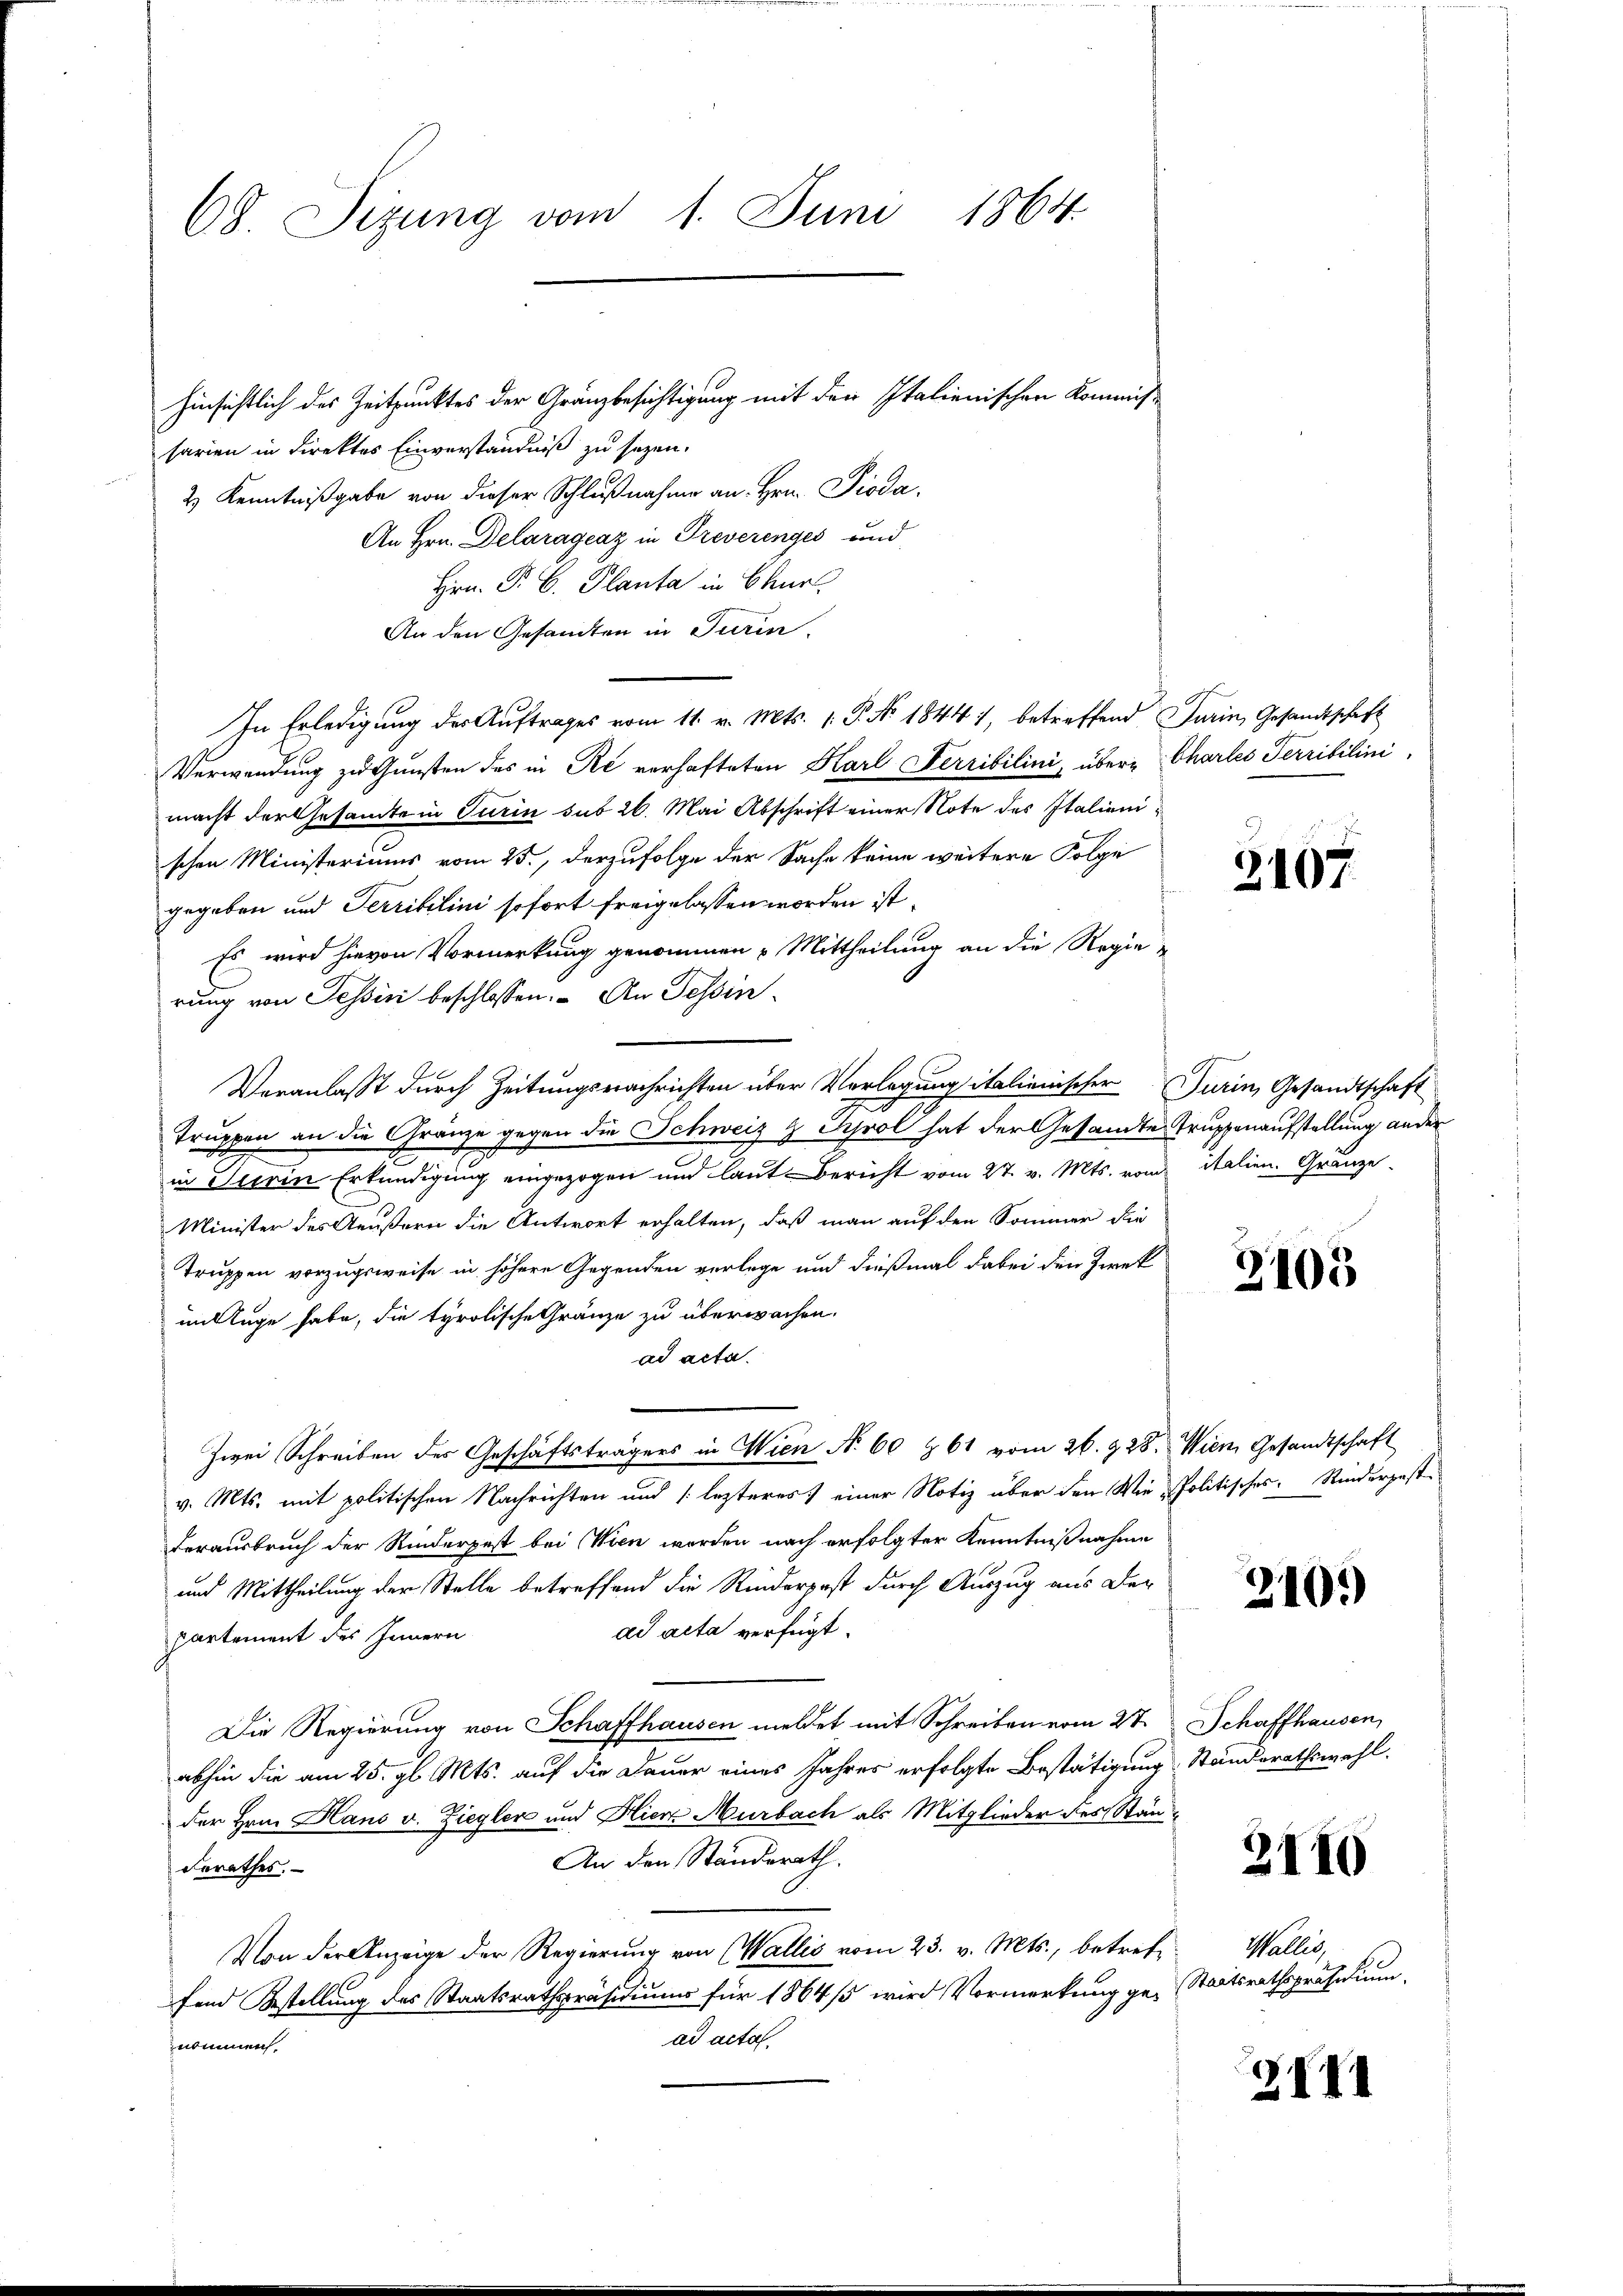
68. Sizung vom 1. Juni 1864.

hinsichtlich des Zeitpunktes der Gränzbesichtigung mit den Italienischen Kommiss
sarien in Direktes Einverständniß zu sezen.
2) Kenntnißgabe von dieser Schlußnahme an Hrn. Pioda,
An Hrn. Delaragcaz in Treverenges und
Hrn. P. C. Planta in Chur.
An den Gesandten in Turin.
In Erledigŭng des Aŭftrages vom 11. v. Mts. 1. P. Nr. 1844, betreffend Jurin, Gesandtschaft
Verwendung zu Gunsten des in Re verhafteten Karl Ferribilini, über Charles Terribilini,
macht der Gesamte in Turin sub 26. Mai Abschrift einer Note des Italienischen Ministeriums vom 25., derzufolge der Sache keine weitere Folge
gegeben und Terribilini sofort freigelassen worden ist.
Es wird hievon Vormerkung genommen Mittheilung an die Regie-
rung von Tessin beschlossen: An Tessin¬
Veranlasst durch Zeitungsnachrichten über Verlegung italienischer Turin, Gesandtschaft
Truppen an die Gränze gegen die Schweiz & Prol hat der Gesandte Truppenaufstellung ander
in Turin Erkundigung eingezogen und laut Bericht vom 27. v. Mts. vom italien. Gränze
Minister des Aeußern die Antwort erhalten, daß man auf den Sommer die
Truppen vorzugsweise in höhere Gegenden verlege und dießmal dabei den Zweck
in Auge habe, die tyrolische Gränze zu überwachen.
ad acta.
Zwei Schreiben des Geschäftsträgers in Wien N. 60 & 61 vom 26. 228. Wien, Gesandtschaft
v. Mts. mit politischen Nachrichten und lezteres einer Notiz über den Wie-Politisches Rinderpest-
Verausbruch der Rinderpest bei Wien worden nach erfolgter Kenntnißnahme
und Mittheilung der Stelle betreffend die Rinderpost durch Auszug aus der
ad acta verfügt:
partement des Innern
Die Regierung von Schaffhausen meldet mit Schreiben vom 27. Schaffhausen,
abhin die am 25. gl. Mts. auf die Dauer eines Jahres erfolgte Bestätigung Standsrathswahl.
der Hrn. Hans v. Ziegler und Hier Murbach als Mitglieder des Stän¬
An den Standerath.
Berathes.
Von der Anzeige der Regierung von Wallis vom 23. v. Mts., betreffend Bestellung des Staatsrathspräsidiums für 1864/5 wird Vormerkung ge- Staatsrathspräsidium.
ad acta.
nommen.

2107

3105

210.

2110

Waller,

III1